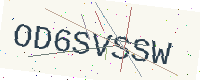
Text: OD6SVSSW